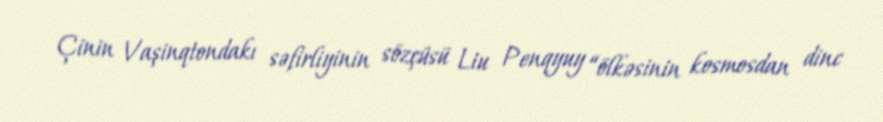
Çinin Vaşinqtondakı səfirliyinin sözçüsü Liu Penqyuy “ölkəsinin kosmosdan dinc